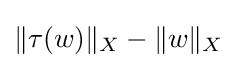
\|\tau (w)\|_{X}-\|w\|_{X}